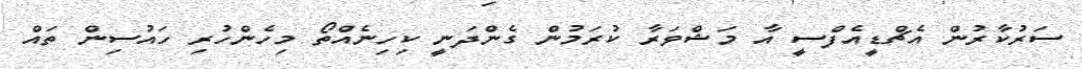
ސަރުކާރުން އެޗްޑީއެފްސީ އާ މަޝްވަރާ ކުރަމުން ގެންދަނީ ކިހިނެއްތޯ މިހެންހުރި ހައުސިން ތައް